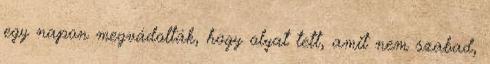
egy napon megvádolták, hogy olyat tett, amit nem szabad,